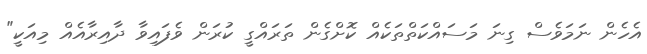
އެހެން ނަމަވެސް ގިނަ މަސައްކަތްތަކެއް ކޮށްގެން ތަރައްގީ ކުރަން ވެފައިވާ ދާއިރާއެއް މިއަކީ"